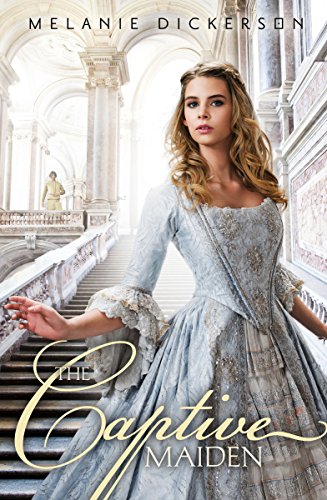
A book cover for The Captive Maiden (Fairy Tale Romance Series); Melanie Dickerson; Teen & Young Adult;